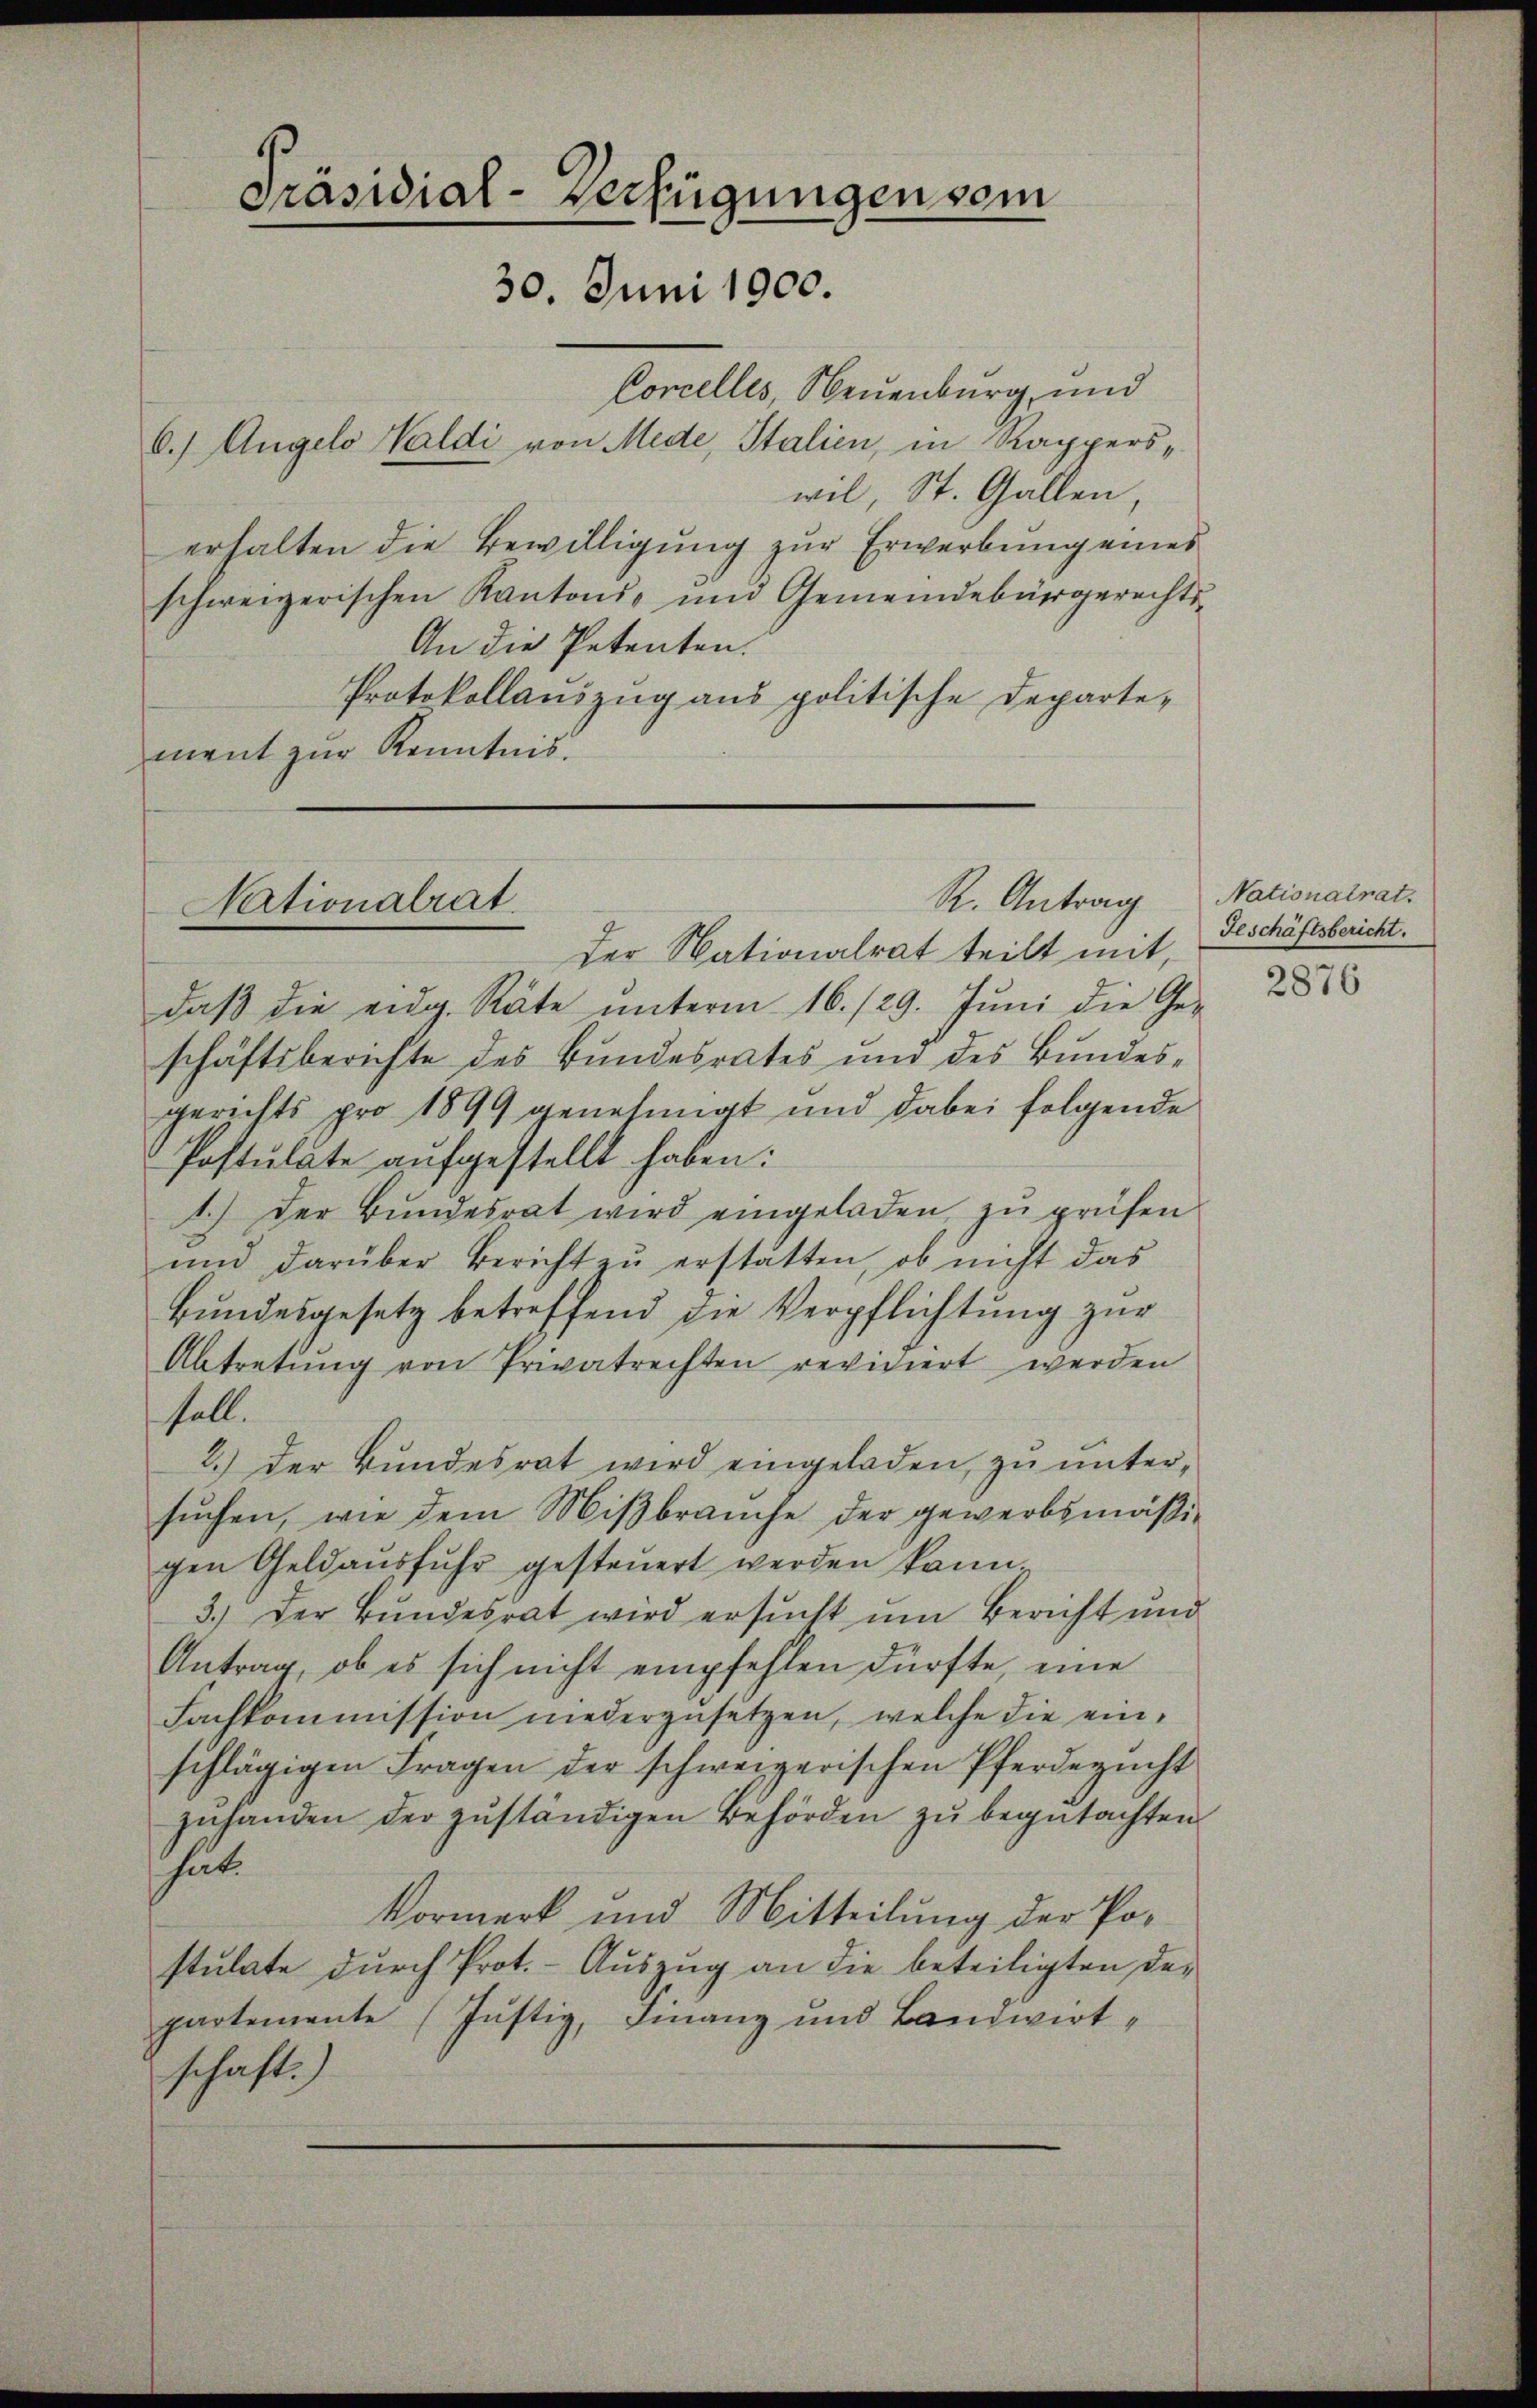
Corcelles, Neuenburg, und
6.) Angelo Waldi von Mede, Italien, in Rapperswil, St. Gallen,
erhalten die Bewilligung zur Erwerbung eines
schweizerischen Kantons- und Gemeindebürgerechts-
An die Petenten.
Protokollauszug aus politische Departement zur Kenntnis.

Präsidial-Verfügungen sei
30. Juni 1900.

Der Nationalrat teilt mit,
daβ die eidg. Räte ŭnterm 16./29. Jŭni die Ge-
schäftsberichte des Bundesrates und des Bundesgerichts pro 1899 genehmigt und dabei folgende
Postulate aufgestellt haben:
1.) Der Bŭndesrat wird eingeladen zŭ prüfen
ŭnd darüber Bericht zŭ erstätten, ob nicht das
Bundesgesetz betreffend die Verpflichtung zur
Abtretung von Privatrechten revidiert werden
soll.
2.) Der Bundesrat wird eingeladen, zu untersuchen, wie dem Mißbrauche der gewerbsmäßigen Geldaŭsfŭhr gesteŭert werden kann
3.) Der Bundesrat wird ersucht um Bericht und
Antrag, ob es sich nicht empfehlen dürfte, eine
Fachkommission niederzusetzen, welche die einschlägigen Fragen der schweizerischen Pferdezücht
zuhanden der zuständigen Behörden zu begutachten
hät.
Vormerk und Mitteilung der Postulate durch Prot. - Auszug an die beteiligten departemente (Justiz, Finanz und Bandwirtschaft.)

R. Antrag Nationalrat.
Nationalrat.

Geschäftsbericht.
2876